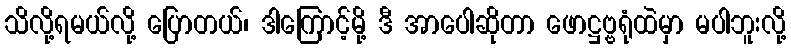
သိလို့ရမယ်လို့ ပြောတယ်၊ ဒါကြောင့်မို့ ဒီ အာပေါဆိုတာ ဖောဋ္ဌဗ္ဗရုံထဲမှာ မပါဘူးလို့